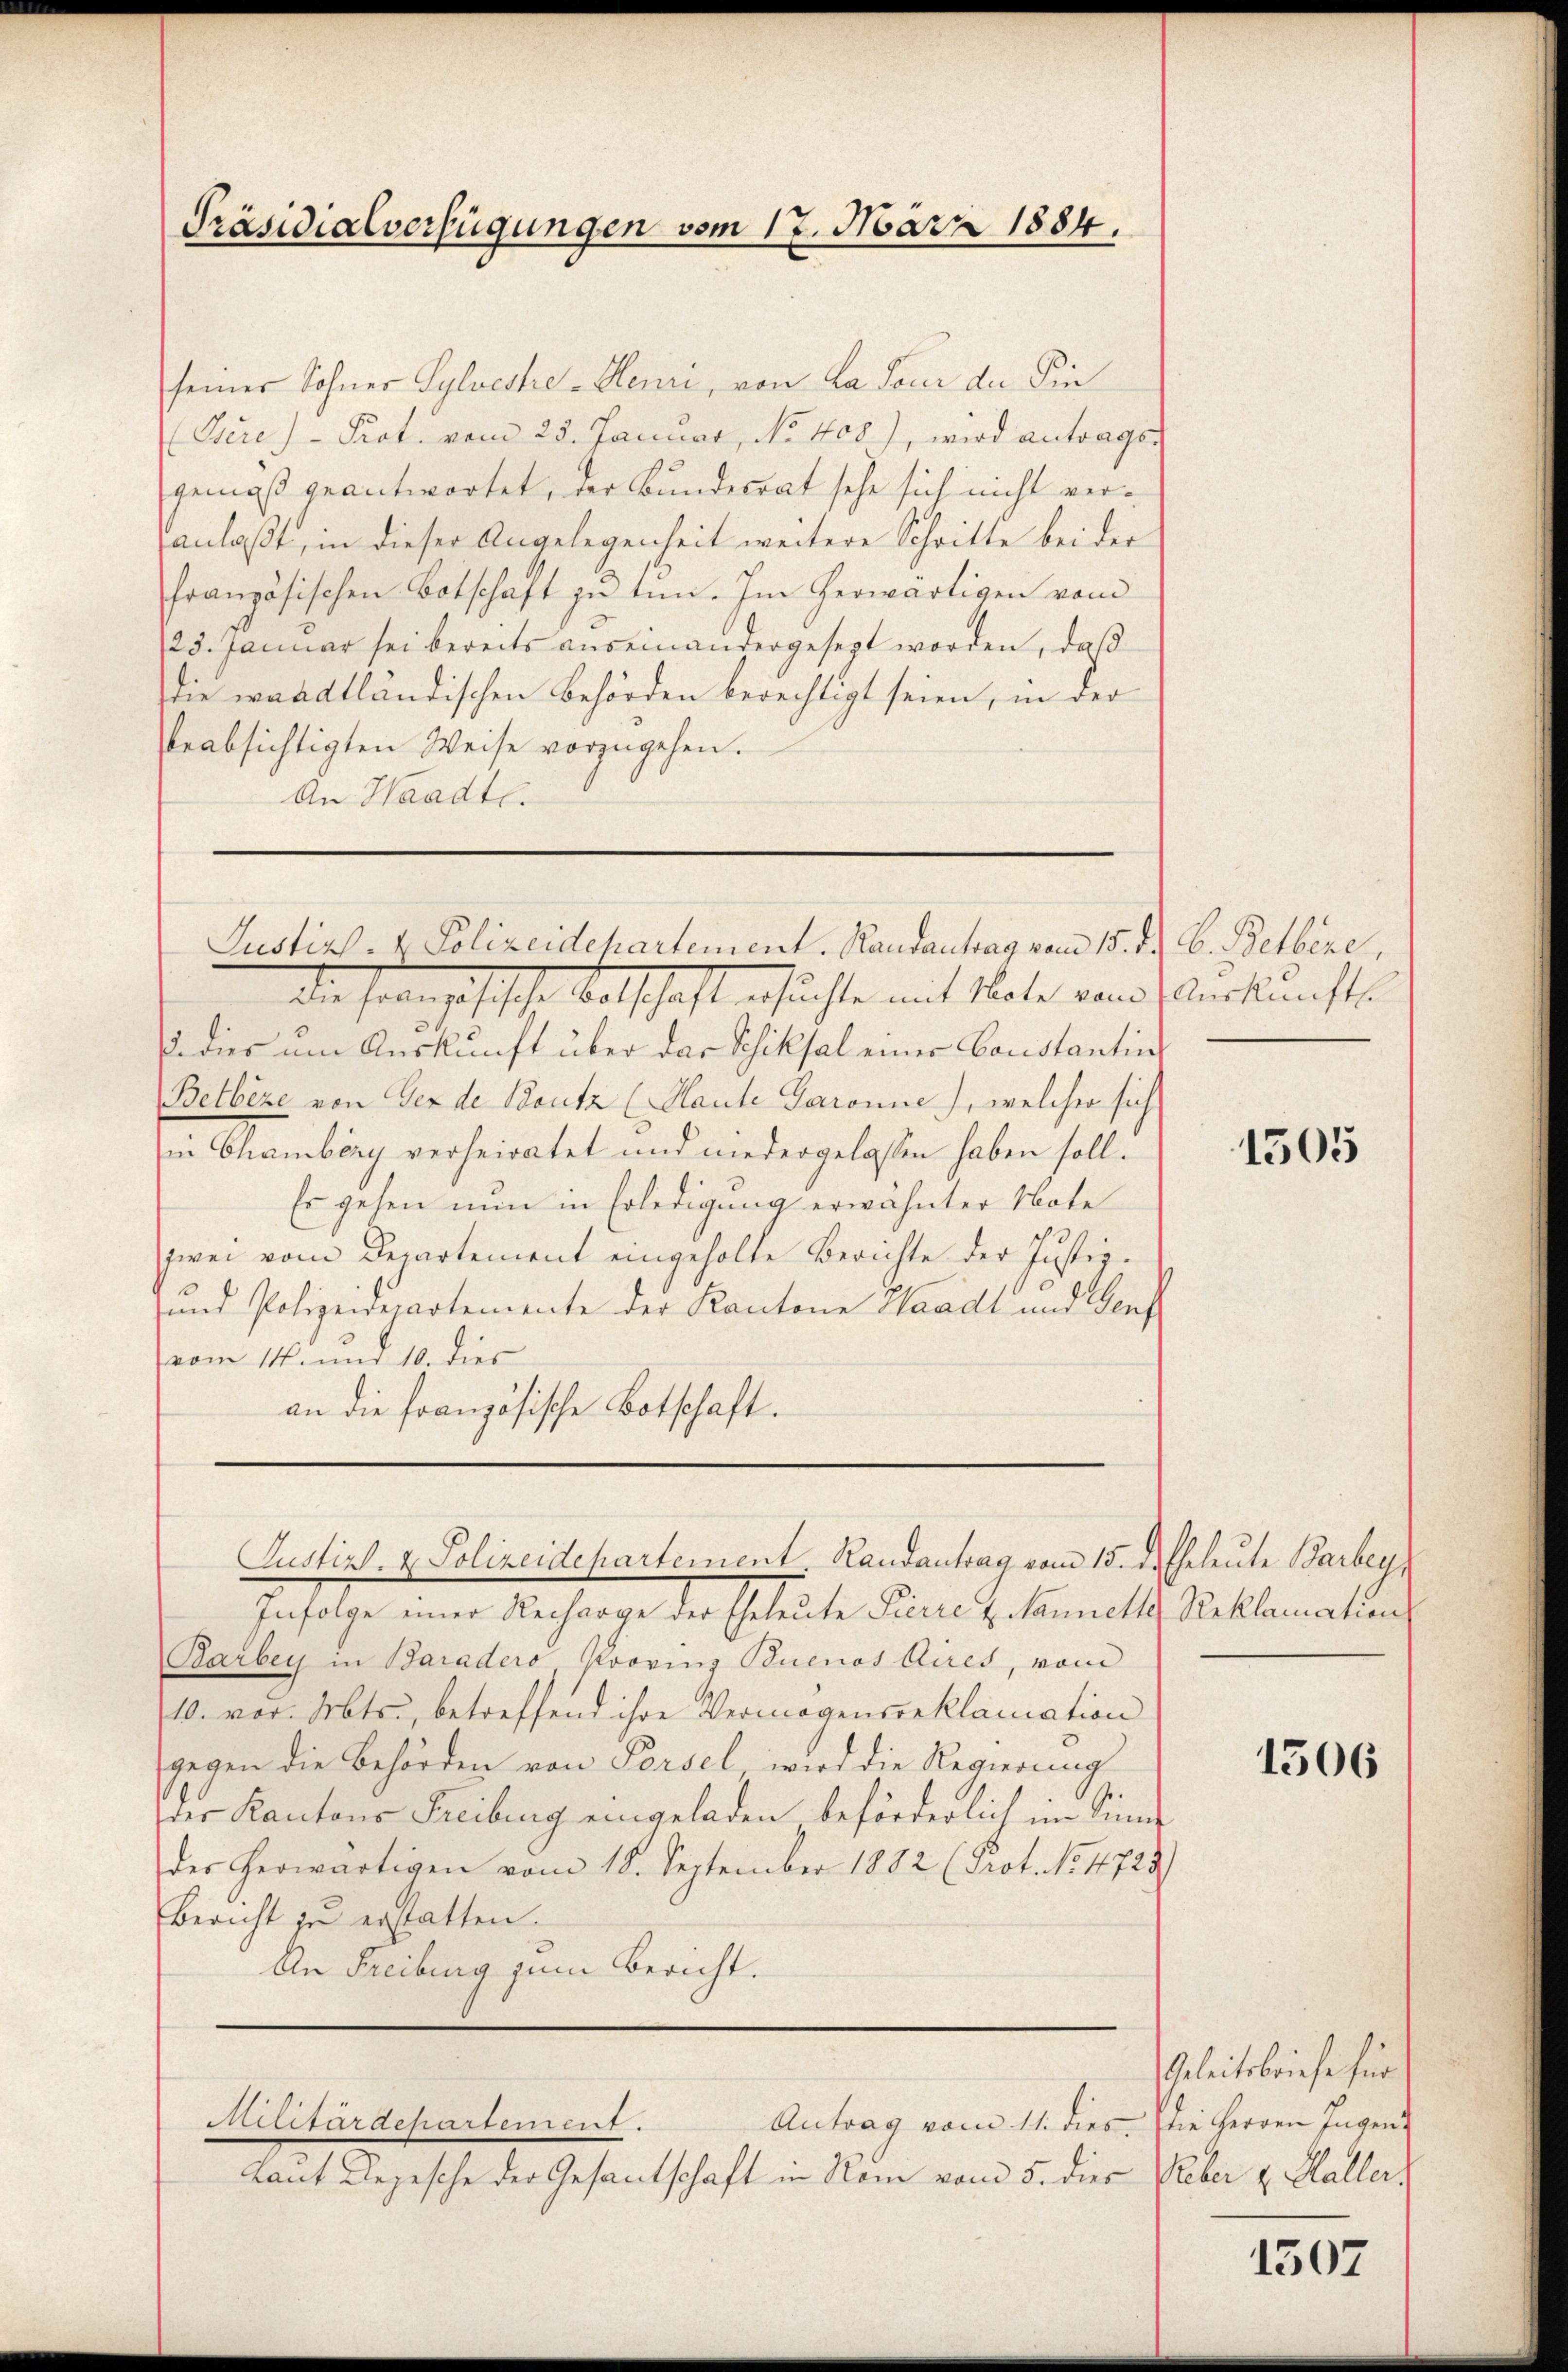
Präsidialverfügungen vom 17. März 1884.

seiner Sohner Sylveshe-Heuri, von La four der Fin
Isere Prot. vom 25. Januar, No 408), wird antragsgemäß geantwortet, der Bundesrat sehe sich nicht veranlaßt, in dieser Angelegenheit weitere Schritte bei der
französischen Botschaft zŭ tun. Im herwärtigen vom
23. Januar sei bereits auseinandergesezt worden, daß
die waadtländischen Behörden berechtigt seien, in der
beabsichtigten Weise vorzugehen.
An Waadt.

Justiz- & Polizeidepartement. Randantrag vom 15. d. B. Betbere,

die französische Abschaft ersuchte mit Note von Verkunfte
u dies am Auskunft über das Schiksal einer Constantin
Betbéze von der de Boutz (Haute Garanne), welcher sich
in Chamberg verheiratet und niedergelassen haben soll.
Es gehen nun in Erledigung erwähnter Note
zwei vom Departement eingeholte Berichte der Justiz¬
und Polizeidepartemente der Kantone Waadt und Genf
vom 14. und 10. dies
an die französische Botschaft.

Insolche eine Recharge der Ertheilte Parte z. Kamell Seclamation
Barbey in Baradero Proving Buenos Aires, vom
10. vor. Mts., betreffend ihre Vermögensreklamation
gegen die Behörden von Forsel wird die Regierung
der Kantons Freiburg eingeladen beförderlich im Sinne
der herwärtigen vom 18. September 1882 (Prot. No. 4725)
Bericht zu erstatten.
An Freiburg zum Bericht.

Justiz- & Polizeidchartement Randantrag vom 15. desheleute Barbey,

Militärdepartement.

Antrag vom 11. dies. die Herren Ingen
Laut Depesche der Gesantschaft in Rom vom 5. dies

1505

1506

Geleitsbriefe für
Peber v. Haller.

1507